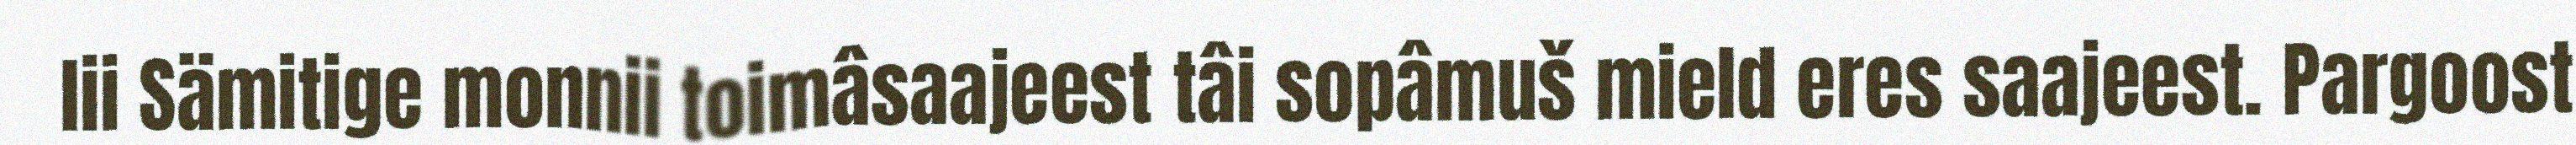
lii Sämitige monnii toimâsaajeest tâi sopâmuš mield eres saajeest. Pargoost